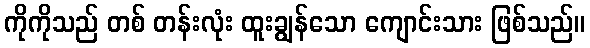
ကိုကိုသည် တစ် တန်းလုံး ထူးချွန်သော ကျောင်းသား ဖြစ်သည်။